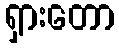
ရှားတော